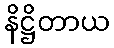
နိဋ္ဌိတာယ